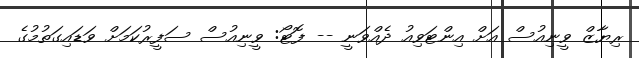
ރިޔާޒް ވީނިއުސް އަށް އިންޓަވިއު ދެއްވަނީ -- ފޮޓޯ: ވީނިއުސް ސަފީރުކަމަށް ވަޑައިގަތުމުގެ